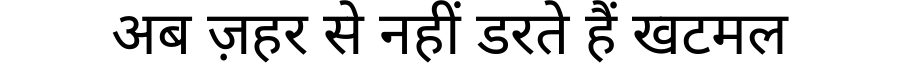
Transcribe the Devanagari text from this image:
अब ज़हर से नहीं डरते हैं खटमल